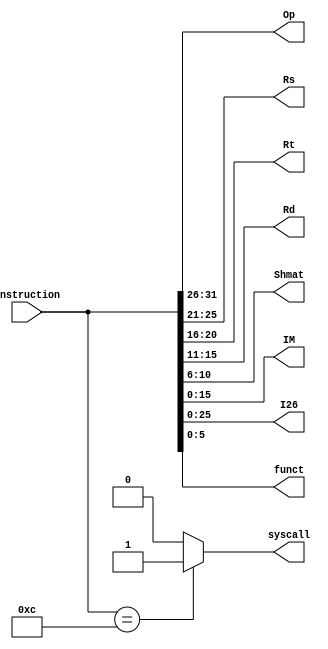
`timescale 1ns / 1ps
//////////////////////////////////////////////////////////////////////////////////
// Company: 
// Engineer: 
// 
// Design Name: 
// Module Name: IR
// Project Name: 
// Target Devices: 
// Tool Versions: 
// Description: 
// 
// Dependencies: 
// 
// Revision:
// Revision 0.01 - File Created
// Additional Comments:
// 
//////////////////////////////////////////////////////////////////////////////////


module IR(
    input [31:0] Instruction,
    output [31:26] Op,
    output [25:21] Rs,
    output [20:16] Rt,
    output [15:11] Rd,
    output [10:6] Shmat,
    output [15:0] IM,
    output [25:0] I26,
    output [5:0] funct,
    output reg syscall
    );
    assign #1 Op[31:26] = Instruction[31:26];
    assign #1 Rs[25:21] = Instruction[25:21];
    assign #1 Rt[20:16] = Instruction[20:16];
    assign #1 Rd[15:11] = Instruction[15:11];
    assign #1 Shmat[10:6] = Instruction[10:6];
    assign #1 IM[15:0] = Instruction[15:0];
    assign #1 I26[25:0] = Instruction[25:0];
    assign #1 funct[5:0] = Instruction[5:0];
    
    always @(Instruction) begin
        if(Instruction == 32'h0000000c)
            syscall = 1;
        else syscall = 0;
    end        
endmodule